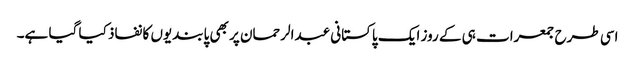
اسی طرح جمعرات ہی کے روز ایک پاکستانی عبدالرحمان پر بھی پابندیوں کا نفاذ کیا گیا ہے۔